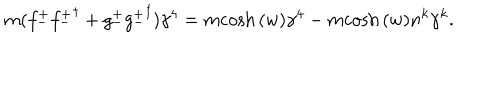
m ( { f _ { - } ^ { + } } { { f _ { - } ^ { + } } } ^ { \dagger } + { g _ { - } ^ { + } } { { g _ { - } ^ { + } } } ^ { \dagger } ) \gamma ^ { 4 } = m { \cosh { ( w ) } } \gamma ^ { 4 } - m { \cosh { ( w ) } } n ^ { k } \gamma ^ { k } .